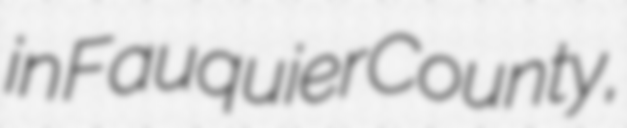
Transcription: in Fauquier County,